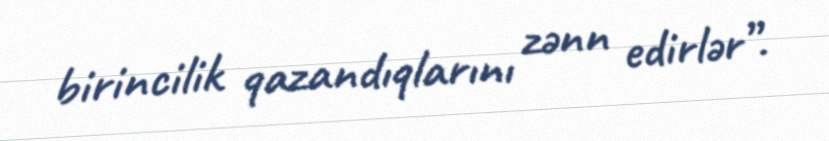
birincilik qazandıqlarını zənn edirlər”.